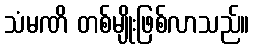
သံမဏိ တစ်မျိုးဖြစ်လာသည်။